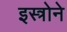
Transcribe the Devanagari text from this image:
इस्त्रोने